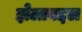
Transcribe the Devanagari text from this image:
झेलाबद्दल